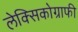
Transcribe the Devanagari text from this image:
लेक्सिकोग्राफी